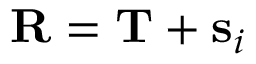
{ \bf R } = { \bf T } + { \bf s } _ { i }